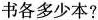
书各多少本?